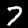
Label: 7